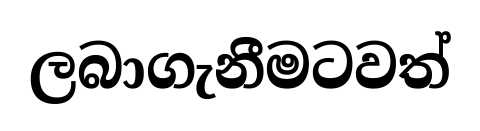
ලබාගැනීමටවත්